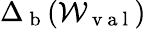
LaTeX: \Delta_{\mathrm{~b~}}(\mathcal{W}_{\mathrm{~v~a~l~}})